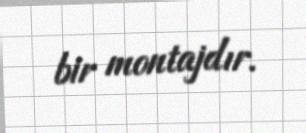
bir montajdır.